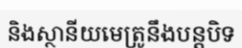
និងស្ថានីយមេត្រូនឹងបន្តបិទ